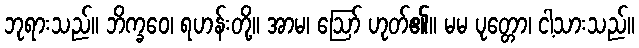
ဘုရားသည်။ ဘိက္ခဝေ၊ ရဟန်းတို့။ အာမ၊ ဩော် ဟုတ်၏။ မမ ပုတ္တော၊ ငါ့သားသည်။